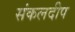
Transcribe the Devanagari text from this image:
संकलदीप